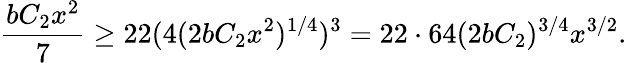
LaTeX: \frac{bC_{2}x^{2}}{7}\geq 22(4(2bC_{2}x^{2})^{1/4})^{3}=22\cdot 64(2bC_{2})^{3/4}x^{3/2}.